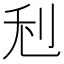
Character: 𠛦